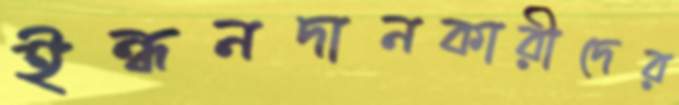
ইন্ধনদানকারীদের